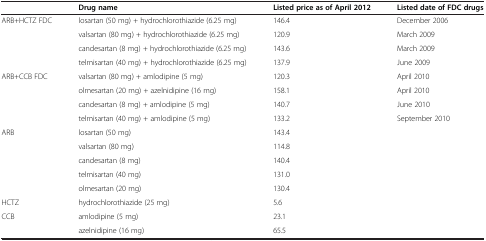
<table><thead><tr><td><b> </b></td><td><b>Drug name</b></td><td><b>Listed price as of April 2012</b></td><td><b>Listed date of FDC drugs</b></td></tr></thead><tbody><tr><td>ARB+HCTZ FDC</td><td>losartan (50 mg) + hydrochlorothiazide (6.25 mg)</td><td>146.4</td><td>December 2006</td></tr><tr><td> </td><td>valsartan (80 mg) + hydrochlorothiazide (6.25 mg)</td><td>120.9</td><td>March 2009</td></tr><tr><td> </td><td>candesartan (8 mg) + hydrochlorothiazide (6.25 mg)</td><td>143.6</td><td>March 2009</td></tr><tr><td> </td><td>telmisartan (40 mg) + hydrochlorothiazide (6.25 mg)</td><td>137.9</td><td>June 2009</td></tr><tr><td>ARB+CCB FDC</td><td>valsartan (80 mg) + amlodipine (5 mg)</td><td>120.3</td><td>April 2010</td></tr><tr><td> </td><td>olmesartan (20 mg) + azelnidipine (16 mg)</td><td>158.1</td><td>April 2010</td></tr><tr><td> </td><td>candesartan (8 mg) + amlodipine (5 mg)</td><td>140.7</td><td>June 2010</td></tr><tr><td> </td><td>telmisartan (40 mg) + amlodipine (5 mg)</td><td>133.2</td><td>September 2010</td></tr><tr><td>ARB</td><td>losartan (50 mg)</td><td>143.4</td><td> </td></tr><tr><td> </td><td>valsartan (80 mg)</td><td>114.8</td><td> </td></tr><tr><td> </td><td>candesartan (8 mg)</td><td>140.4</td><td> </td></tr><tr><td> </td><td>telmisartan (40 mg)</td><td>131.0</td><td> </td></tr><tr><td> </td><td>olmesartan (20 mg)</td><td>130.4</td><td> </td></tr><tr><td>HCTZ</td><td>hydrochlorothiazide (25 mg)</td><td>5.6</td><td> </td></tr><tr><td>CCB</td><td>amlodipine (5 mg)</td><td>23.1</td><td> </td></tr><tr><td> </td><td>azelnidipine (16 mg)</td><td>65.5</td><td> </td></tr></tbody></table>